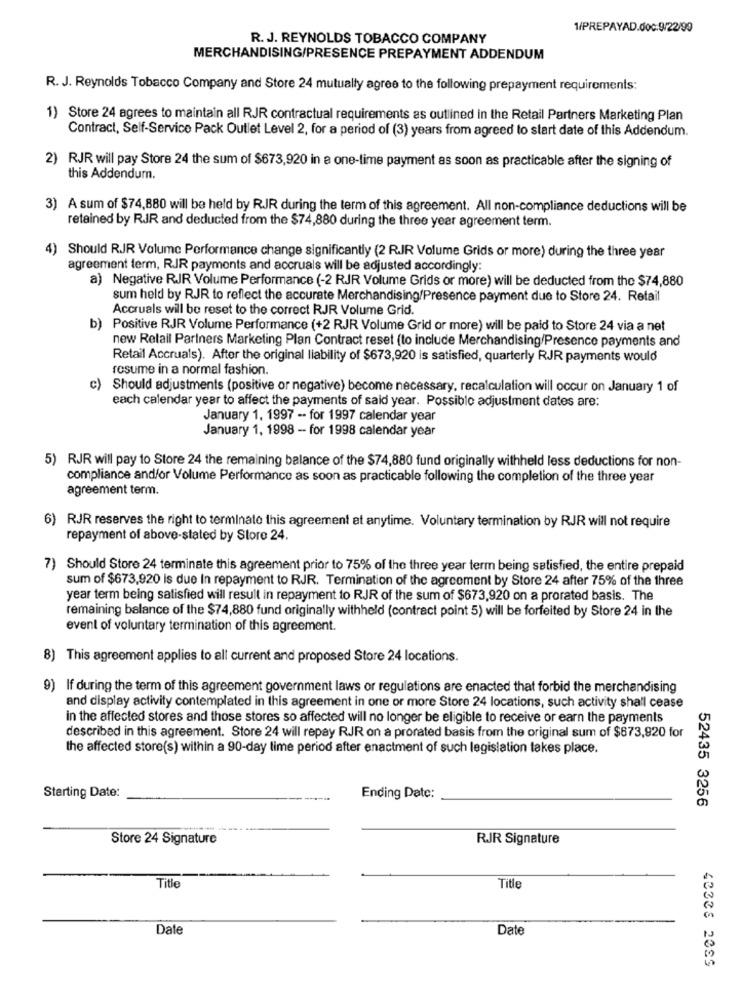
1/PREPAYAD.doc:9/22/99
R. J. REYNOLDS TOBACCO COMPANY
MERCHANDISING/PRESENCE PREPAYMENT ADDENDUM
R. J. Reynolds Tobacco Company and Store 24 mutually agree to the following prepayment requirements:
1) Store 24 agrees to maintain all RJR contractual requirements as outlined in the Retail Partners Marketing Plan
Contract, Self-Service Pack Outlet Level 2, for a period of (3) years from agreed to start date of this Addendum.
2) RJR will pay Store 24 the sum of $673,920 in a one-time payment as soon as practicable after the signing of
this Addendum.
3) A sum of $74,880 will be held by RJR during the term of this agreement. All non-compliance deductions will be
retained by RJR and deducted from the $74,880 during the three year agreement term.
4)
Should RJR Volume Performance change significantly (2 R.JR Volume Grids or more) during the three year
agreement term, RJR payments and accruals will be adjusted accordingly:
a) Negative RJR Volume Performance (-2 RJR Volume Grids or more) will be deducted from the $74,880
sum held by RJR to reflect the accurate Merchandising/Presence payment due to Store 24. Retail
Accruals will be reset to the correct RJR Volume Grid.
b) Positive RJR Volume Performance (+2 RJR Volume Grid or more) will be paid to Store 24 via a net
new Retail Partners Marketing Plan Contract reset (to include Merchandising/Presence payments and
Retail Accruals). After the original liability of $673,920 is satisfied, quarterly RJR payments would
resume in a normal fashion.
c) Should adjustments (positive or negative) become necessary, recalculation will occur on January 1 of
each calendar year to affect the payments of said year. Possible adjustment dates are:
January 1, 1997 -- for 1997 calendar year
January 1, 1998 -- for 1998 calendar year
5) RJR will pay to Store 24 the remaining balance of the $74,880 fund originally withheld less deductions for non-
compliance and/or Volume Performance as soon as practicable following the completion of the three year
agreement term.
6) RJR reserves the right to terminate this agreement at anytime. Voluntary termination by RJR will not require
repayment of above-stated by Store 24.
7) Should Store 24 terminate this agreement prior to 75% of the three year term being satisfied, the entire prepaid
sum of $673,920 is due In repayment to RJR. Termination of the agreement by Store 24 after 75% of the three
year term being satisfied will result in repayment to RJR of the sum of $673,920 on a prorated basis. The
remaining balance of the $74,880 fund originally withheld (contract point 5) will be forfeited by Store 24 in the
event of voluntary termination of this agreement.
8) This agreement applies to all current and proposed Store 24 locations.
9) If during the term of this agreement government laws or regulations are enacted that forbid the merchandising
and display activity contemplated in this agreement in one or more Store 24 locations, such activity shall cease
in the affected stores and those stores so affected will no longer be eligible to receive or earn the payments
described in this agreement. Store 24 will repay RJR on a prorated basis from the original sum of $673,920 for
the affected store(s) within a 90-day time period after enactment of such legislation takes place.
Starting Date:
Ending Date:
52435 3256
Store 24 Signature
RJR Signature
Title
Title
Date
Date
40335 2085